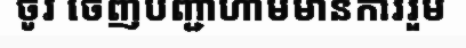
ចូវ ចេញបញ្ជាហាមមានការរួម